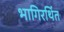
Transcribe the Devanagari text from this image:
भागिरथिंत